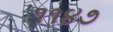
૧૧૪૭